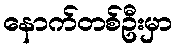
နောက်တစ်ဦးမှာ